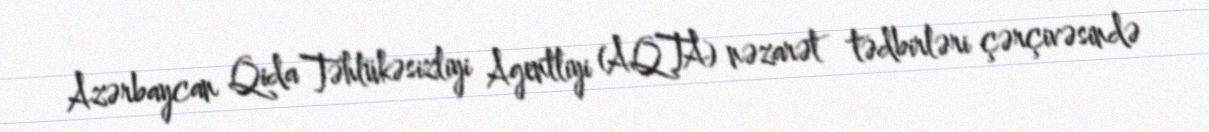
Azərbaycan Qida Təhlükəsizliyi Agentliyi (AQTA) nəzarət tədbirləri çərçivəsində